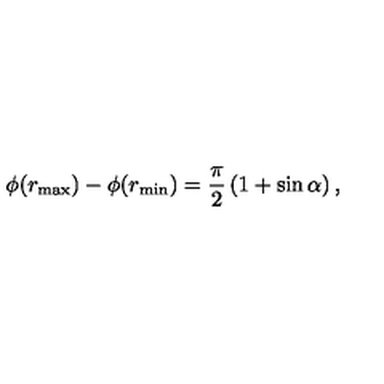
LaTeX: \phi ( r _ { \max } ) - \phi ( r _ { \min } ) = \frac { \pi } { 2 } \left( 1 + \sin \alpha \right) ,